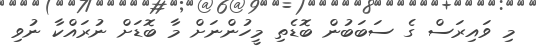
މި ވައިރަސް ގެ ސަބަބުން ބޮޑެތި މީހުންނަށް މާ ބޮޑަށް ނުރައްކާ ނުވި